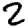
Digit: 2